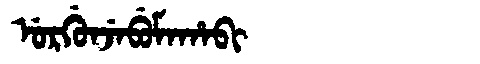
Manchu: ᡠᡵᡤᡠᠨᠵᡝᠪᡠᠮᠠᡥᠠᠪᡳ
Romanization: URGUNJEBUMAHABI